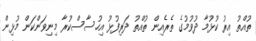
ތުއްތު އިރު ކުޅުމާ ދުވުމުގެ ތެރެއިން ތުއްތު ދަރިފުޅު އިހުސާސްކުރާ މިނިވަންކަން މުޅިން